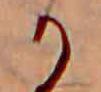
か